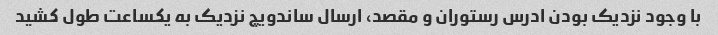
با وجود نزدیک بودن ادرس رستوران و مقصد، ارسال ساندویچ نزدیک به یکساعت طول کشید